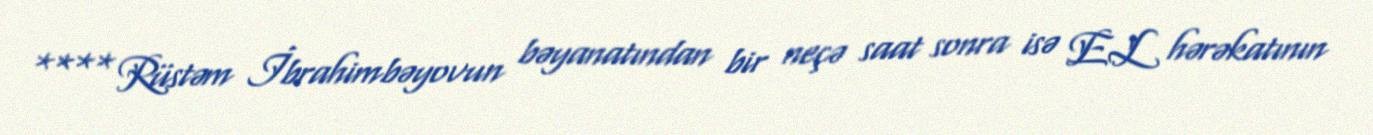
**** Rüstəm İbrahimbəyovun bəyanatından bir neçə saat sonra isə EL hərəkatının